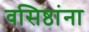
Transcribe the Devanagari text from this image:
वसिष्ठांना